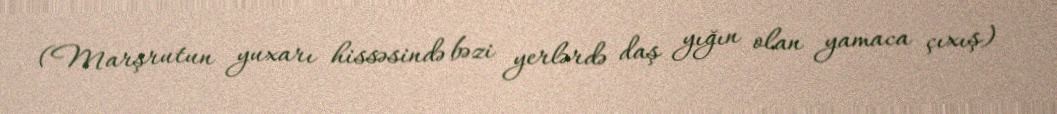
(Marşrutun yuxarı hissəsində bəzi yerlərdə daş yığın olan yamaca çıxış)